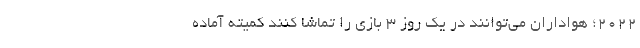
2022؛ هواداران می‌توانند در یک روز 3 بازی را تماشا کنند کمیته آماده